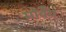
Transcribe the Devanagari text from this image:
मोर्वेय